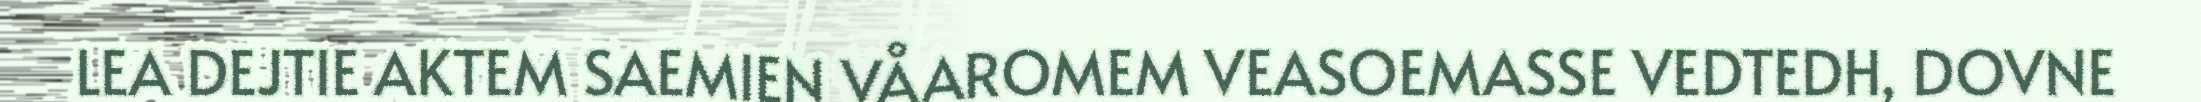
LEA DEJTIE AKTEM SAEMIEN VÅAROMEM VEASOEMASSE VEDTEDH, DOVNE